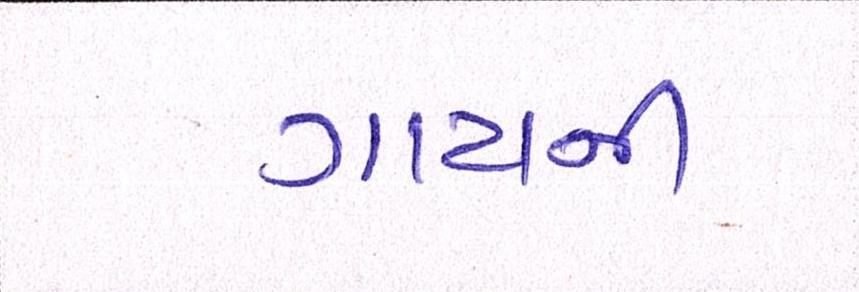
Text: ગાયની